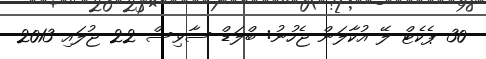
30 ޕެކެޓް ލޭ އުކާލަން ޖެހުނު: ބްލަޑް ސާވިސް 22 ޖުލައި 2013